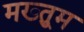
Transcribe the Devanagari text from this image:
मख्तुूम